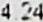
4.24